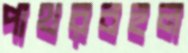
পাথরবহুল